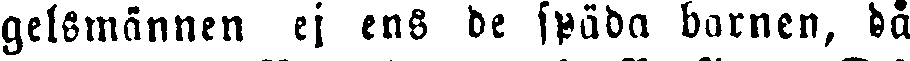
gelsmännen ej ens de späda barnen, då